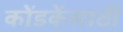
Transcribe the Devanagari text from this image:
कोंडकेंसाठी